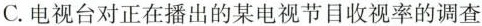
C.电视台对正在播出的某电视节目收视率的调查